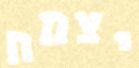
יצמח